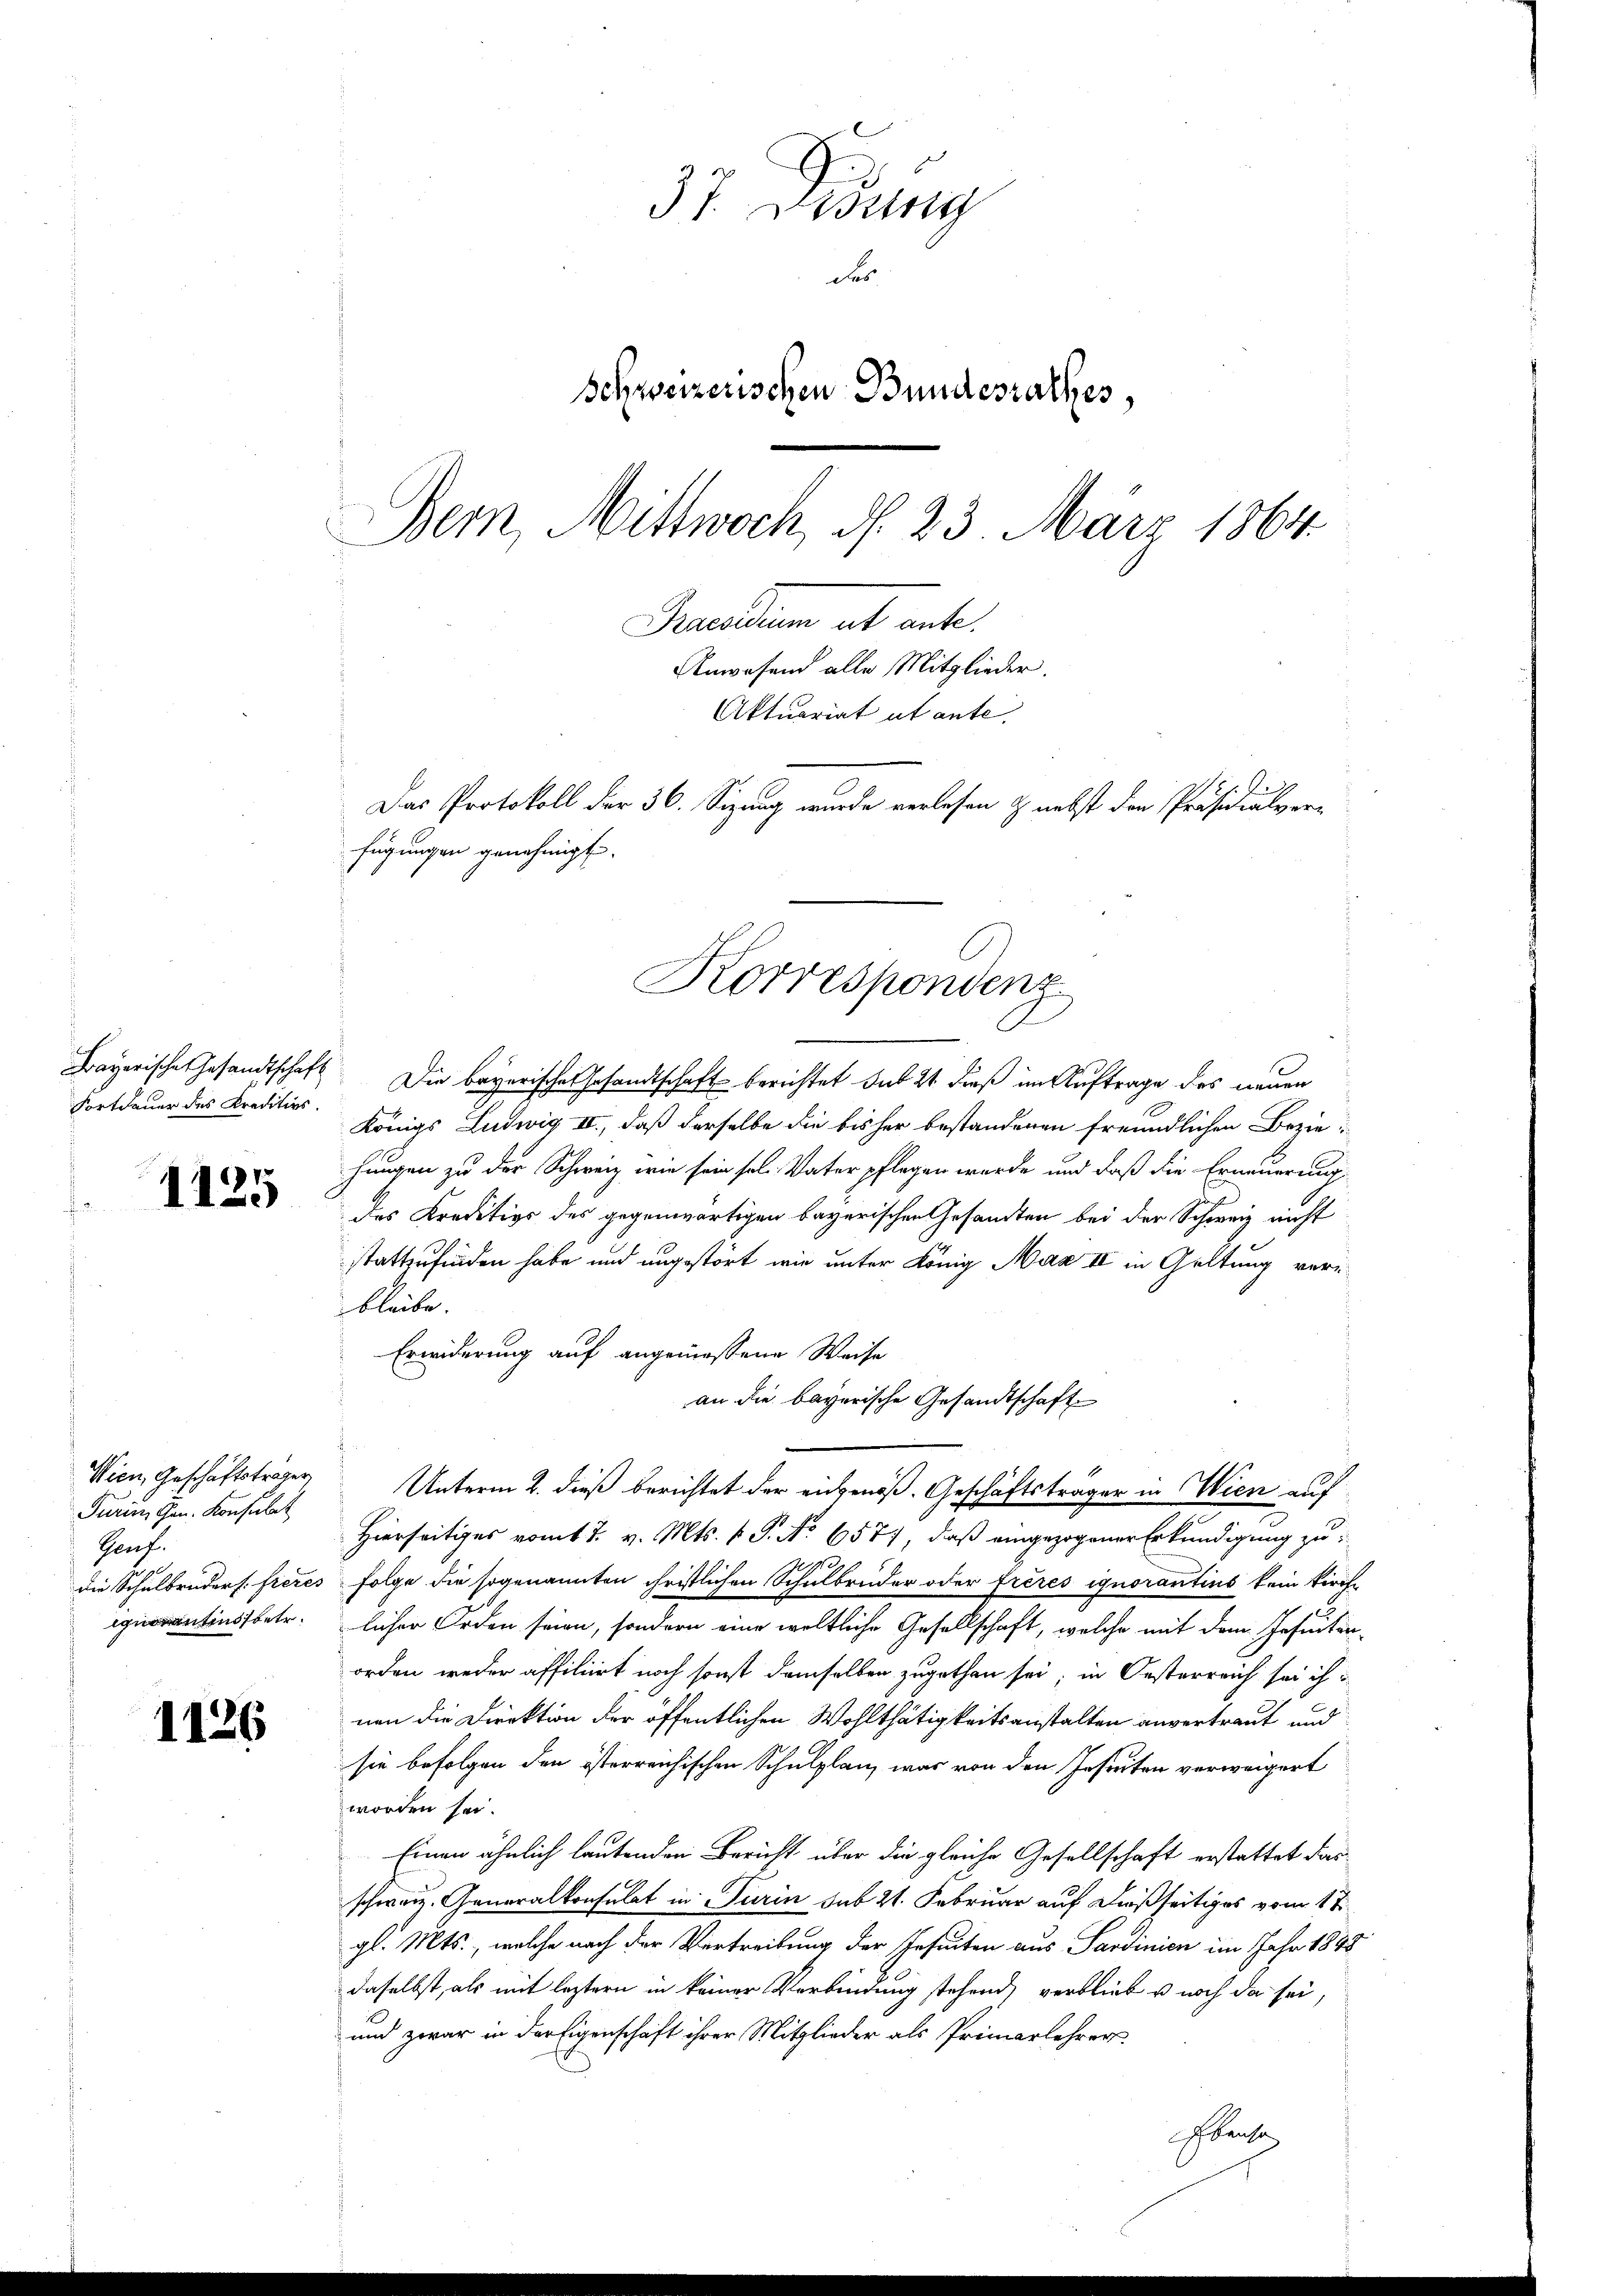
Fortdauer des Kreditivs.

1125

Wien, Geschäftsträger
Turin, Hrn. Konsulat
Genf.
iguentens betr.

1126

37 Didung
der
Schweizerischen Bundesrathes,
Bern, Mittwoch, d. 23. März 1864.
Praesidium als ante.
Anwesend alle Mitglieder.
Aktuariat ut ante.
Das Protokoll der 36. Sizung wurde verlesen & nebst den Präsidialverfügungen genehmigt.

Korrespondenz

Bayerische Gesandtschaft. Die bayerische Gesandtschaft berichtet sub 21 dieß im Auftrage des neuen
Königs Ludwig II., daß derselbe die bisher bestandenen freundlichen Beziehungen zu der Schweiz wie sein soll. Vater pflegen wurde und daß die Erneuerung
des Kreditivs des gegenwärtigen bayerischen Gesandten bei der Schweiz nicht
stattzufinden habe und angestört wir unter König Max II in Geltung verebleibe.
Erwiderung auf angemessene Weise
an die bayerische Gesandtschaft
Unterm 2. dieß berichtet der eingenoß. Geschäftsträger in Wien auf
Hierseitiges vom 7. v. Mts. v. P. No 6577, daß eingezogener Erkundigung zu
.
die Schulbruders frères Folge die sogenannten christlichen Schulbrüder oder frères ignorantius kein kirche
licher Orden seien, sondern eine weltliche Gesellschaft, welche mit dem Jesuiter-
orden weder affiliirt noch sonst demselben zugethan sei; in Oesterreich sei ich
nen die Direktion der öffentlichen Wohlthätigkeitsanstalten anvertraut und
sie befolgen den österreichischen Schulplan, was von den Insecten verweigert
worden sei.
Einen ähnlich lautenden Bericht über die gleiche Gesellschaft erstattet das
schweiz. Generalkonsulat in Turin sub 21. Februar auf dießseitiges vom 17.
gl. Mts., welche nach der Vertreibung der Insecten aus Sardinien im Jahr 1848
daselbst, als mit leztern in keiner Verbindung stehend, verblieb u. noch da sei,
und zwar in der Eigenschaft ihrer Mitglieder als Primarlehrer
Ebenso